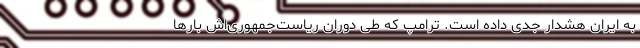
به ایران هشدار جدی داده است. ترامپ که طی دوران ریاست‌جمهوری‌اش بارها